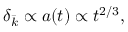
\delta _ { \bar { k } } \propto a ( t ) \propto t ^ { 2 / 3 } ,